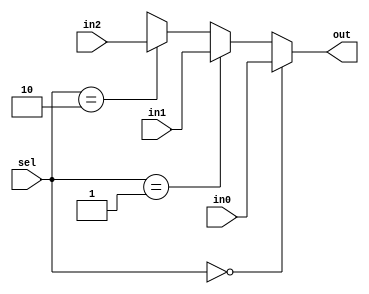
`timescale 1ns / 1ps

// This is 3x1 mux 
module mux_4x1#(parameter WIDTH =32) (
        input [WIDTH-1:0] in0,in1,in2,
        input [1:0] sel,
        output reg [WIDTH-1:0] out
    );
    
    always @(in0 or in1 or in2 or sel or out)
        begin
           if(sel == 2'b00)
              out = in0;
           else if(sel == 2'b01)
              out = in1;
           else if(sel == 2'b10)
              out = in2;
           else
              out = 32'hx;
        end
        
endmodule